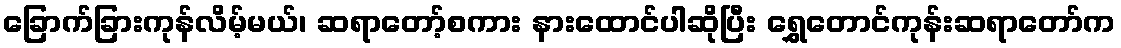
ခြောက်ခြားကုန်လိမ့်မယ်၊ ဆရာတော့်စကား နားထောင်ပါဆိုပြီး ရွှေတောင်ကုန်းဆရာတော်က